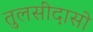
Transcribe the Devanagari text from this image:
तुलसीदासो